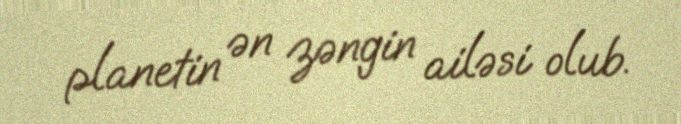
planetin ən zəngin ailəsi olub.